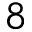
8